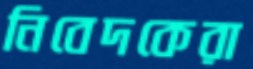
নিবেদকেরা